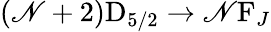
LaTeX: (\mathscr{N}+2)\mathrm{{D}}_{5/2}\to\mathscr{N}\mathrm{{F}}_{J}